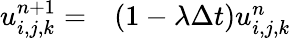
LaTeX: \begin{array}{rl}{u_{i,j,k}^{n+1}=}&{{}(1-\lambda\Delta t)u_{i,j,k}^{n}}\end{array}